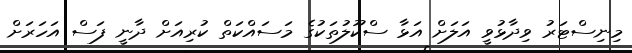
މިނިސްޓަރު ވިދާޅުވީ އަލަށް އަޅާ ސްކޫލުތަކުގެ މަސައްކަތް ކުރިއަށް ދާނީ ފަސް އަހަރަށް